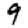
Digit: 9